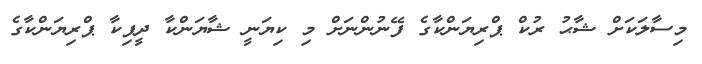
މިސާލަކަށް ޝާޙު ރުކް ޕްރިޔަންކާގެ ފޭނުންނަށް މި ކިޔަނީ ޝާޔަންކާ ދީޕިކާ ޕްރިޔަންކާގެ